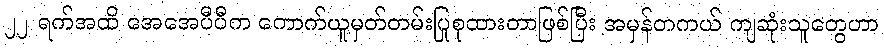
၂၂ ရက်အထိ အေအေပီပီက ကောက်ယူမှတ်တမ်းပြုစုထားတာဖြစ်ပြီး အမှန်တကယ် ကျဆုံးသူတွေဟာ